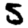
Digit: 5